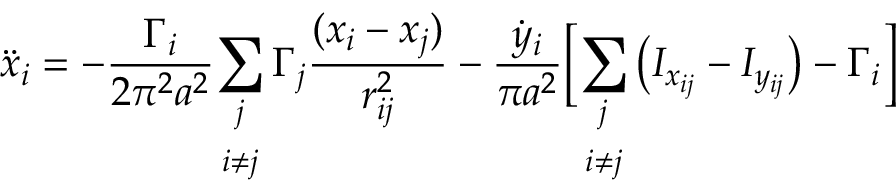
\ddot { x } _ { i } = - \frac { \Gamma _ { i } } { 2 \pi ^ { 2 } a ^ { 2 } } \underset { i \neq j } { \sum _ { j } } \, \Gamma _ { j } \frac { ( x _ { i } - x _ { j } ) } { r _ { i j } ^ { 2 } } - \frac { \dot { y } _ { i } } { \pi a ^ { 2 } } \biggr [ \underset { i \neq j } { \sum _ { j } } \left( I _ { x _ { i j } } - I _ { y _ { i j } } \right) - \Gamma _ { i } \biggr ]